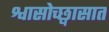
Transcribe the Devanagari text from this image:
श्वासोच्छ्वासात